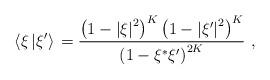
LaTeX: \begin{align*}\left\langle{{\xi}\left\vert{\xi^{\prime}}\right\rangle}\right.={{\left({1-{\vert\xi\vert}^{2}}\right)^{K}\left({1-{\vert\xi^{\prime}\vert}^{2}}\right)^{K}}\over{\left({1-\xi^{*}\xi^{\prime}}\right)^{2K}}}\ , \end{align*}